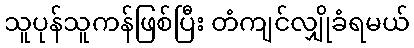
သူပုန်သူကန်ဖြစ်ပြီး တံကျင်လျှိုခံရမယ်